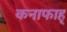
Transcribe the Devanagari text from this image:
कनाफाह्